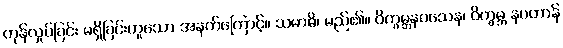
တုန်လှုပ်ခြင်း မရှိခြင်းဟူသော အနက်ကြောင့်။ သမာဓိ၊ မည်၏။ ဝိက္ခမ္ဘနဝသေန၊ ဝိက္ခမ္ဘ နပဟာန်